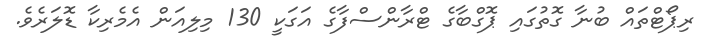
ރިޕޯޓްތައް ބުނާ ގޮތުގައި ޕޮގްބާގެ ޓްރާންސްފާގެ އަގަކީ 130 މިލިއަން އެމެރިކާ ޑޮލަރެވެ.